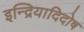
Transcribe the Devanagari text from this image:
इन्द्रियादिदोष